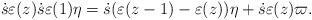
LaTeX: \begin{align*} \dot{s}\varepsilon(z) \dot{s} \varepsilon(1) \eta=\dot{s} (\varepsilon (z-1)-\varepsilon(z) ) \eta+ \dot{s}\varepsilon(z)\varpi.\end{align*}